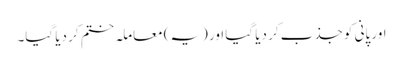
اور پانی کو جذب کر دیا گیا اور (یہ) معاملہ ختم کر دیا گیا۔